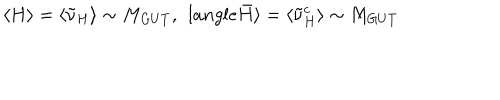
LaTeX: \langle H \rangle = \langle \tilde { \nu } _ { H } \rangle \sim M _ { G U T } , \ \, l a n g l e \bar { H } \rangle = \langle \tilde { { \nu } } _ { H } ^ { c } \rangle \sim M _ { G U T }